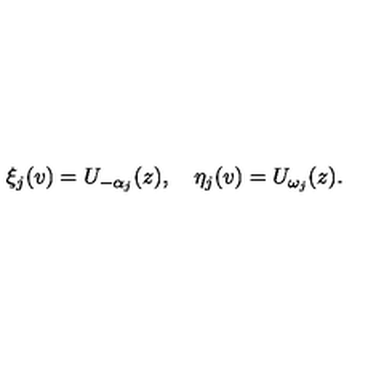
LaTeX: \xi _ { j } ( v ) = U _ { - \alpha _ { j } } ( z ) , \quad \eta _ { j } ( v ) = U _ { \omega _ { j } } ( z ) .